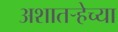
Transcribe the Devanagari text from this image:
अशातर्‍हेच्या